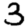
Digit: 3